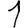
Digit: 1